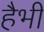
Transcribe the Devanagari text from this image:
हैभी